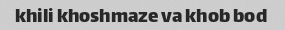
khili khoshmaze va khob bod